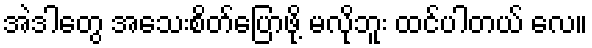
အဲဒါတွေ အသေးစိတ်ပြောဖို့ မလိုဘူး ထင်ပါတယ် လေ။